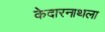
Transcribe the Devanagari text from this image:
केदारनाथला